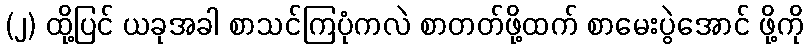
(၂) ထို့ပြင် ယခုအခါ စာသင်ကြပုံကလဲ စာတတ်ဖို့ထက် စာမေးပွဲအောင် ဖို့ကို